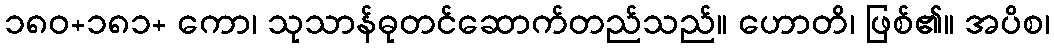
၁၈၀+၁၈၁+ ကော၊ သုသာန်ဓုတင်ဆောက်တည်သည်။ ဟောတိ၊ ဖြစ်၏။ အပိစ၊